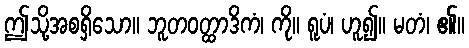
ဤသို့အစရှိသော။ ဘူတဝတ္ထာဒိကံ၊ ကို။ ရူပံ၊ ဟူ၍။ မတံ၊ ၏။